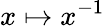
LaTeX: x\mapsto x^{-1}